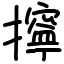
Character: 擰